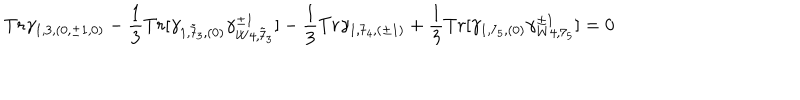
LaTeX: T r \gamma _ { 1 , 3 , ( 0 , \pm 1 , 0 ) } - \frac { 1 } { 3 } T r [ \gamma _ { 1 , { \tilde { 7 } } _ { 3 } , ( 0 ) } \gamma _ { W 4 , { \tilde { 7 } } _ { 3 } } ^ { \pm 1 } ] - \frac { 1 } { 3 } T r \gamma _ { 1 , 7 _ { 4 } , ( \pm 1 ) } + \frac { 1 } { 3 } T r [ \gamma _ { 1 , 7 _ { 5 } , ( 0 ) } \gamma _ { W 4 , 7 _ { 5 } } ^ { \pm 1 } ] = 0